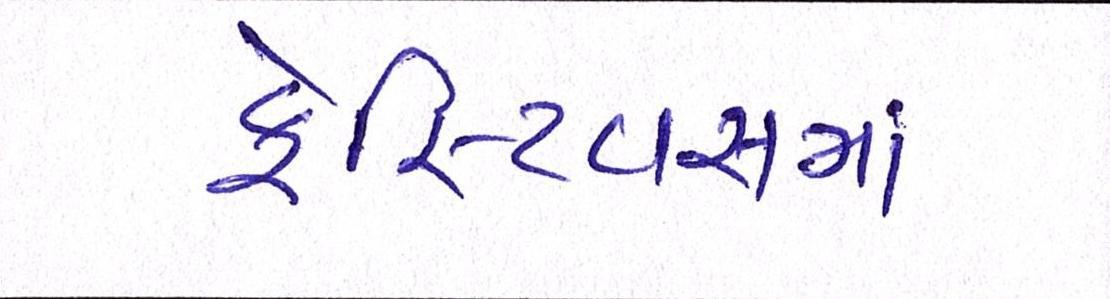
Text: ફેસ્ટિવસમાં